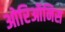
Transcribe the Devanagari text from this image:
ओरिऑनिस